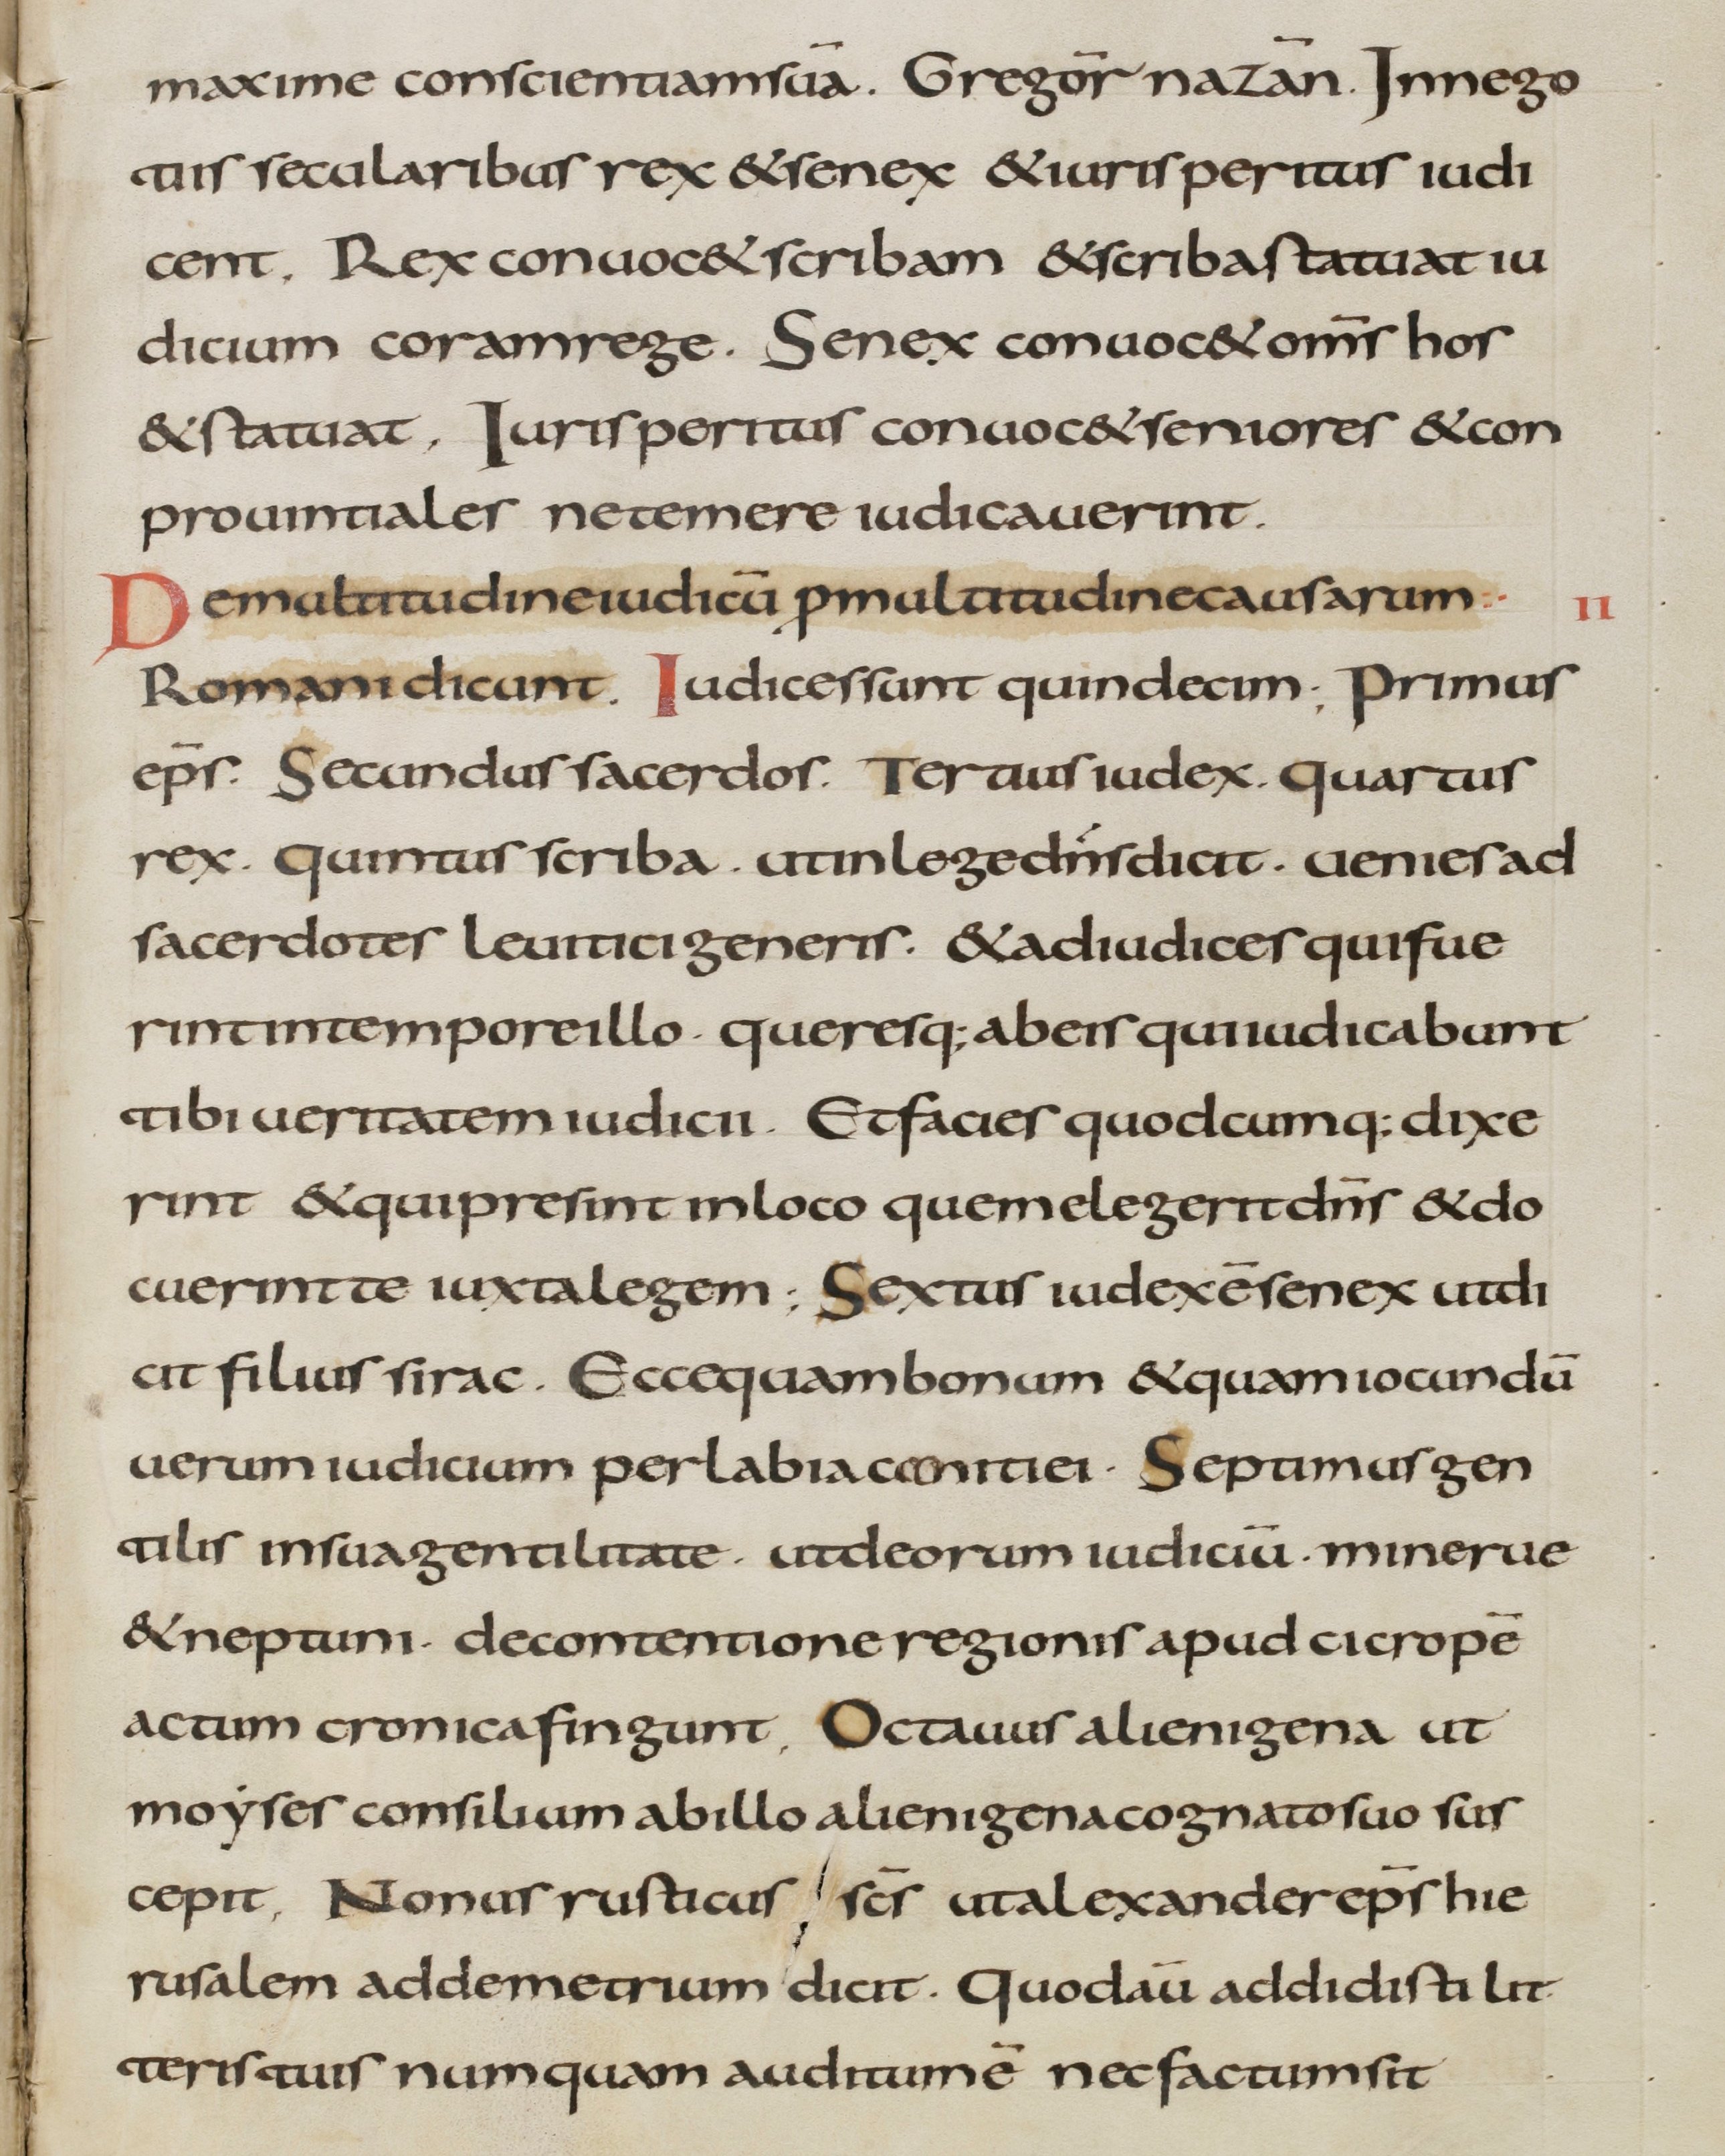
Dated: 800–899